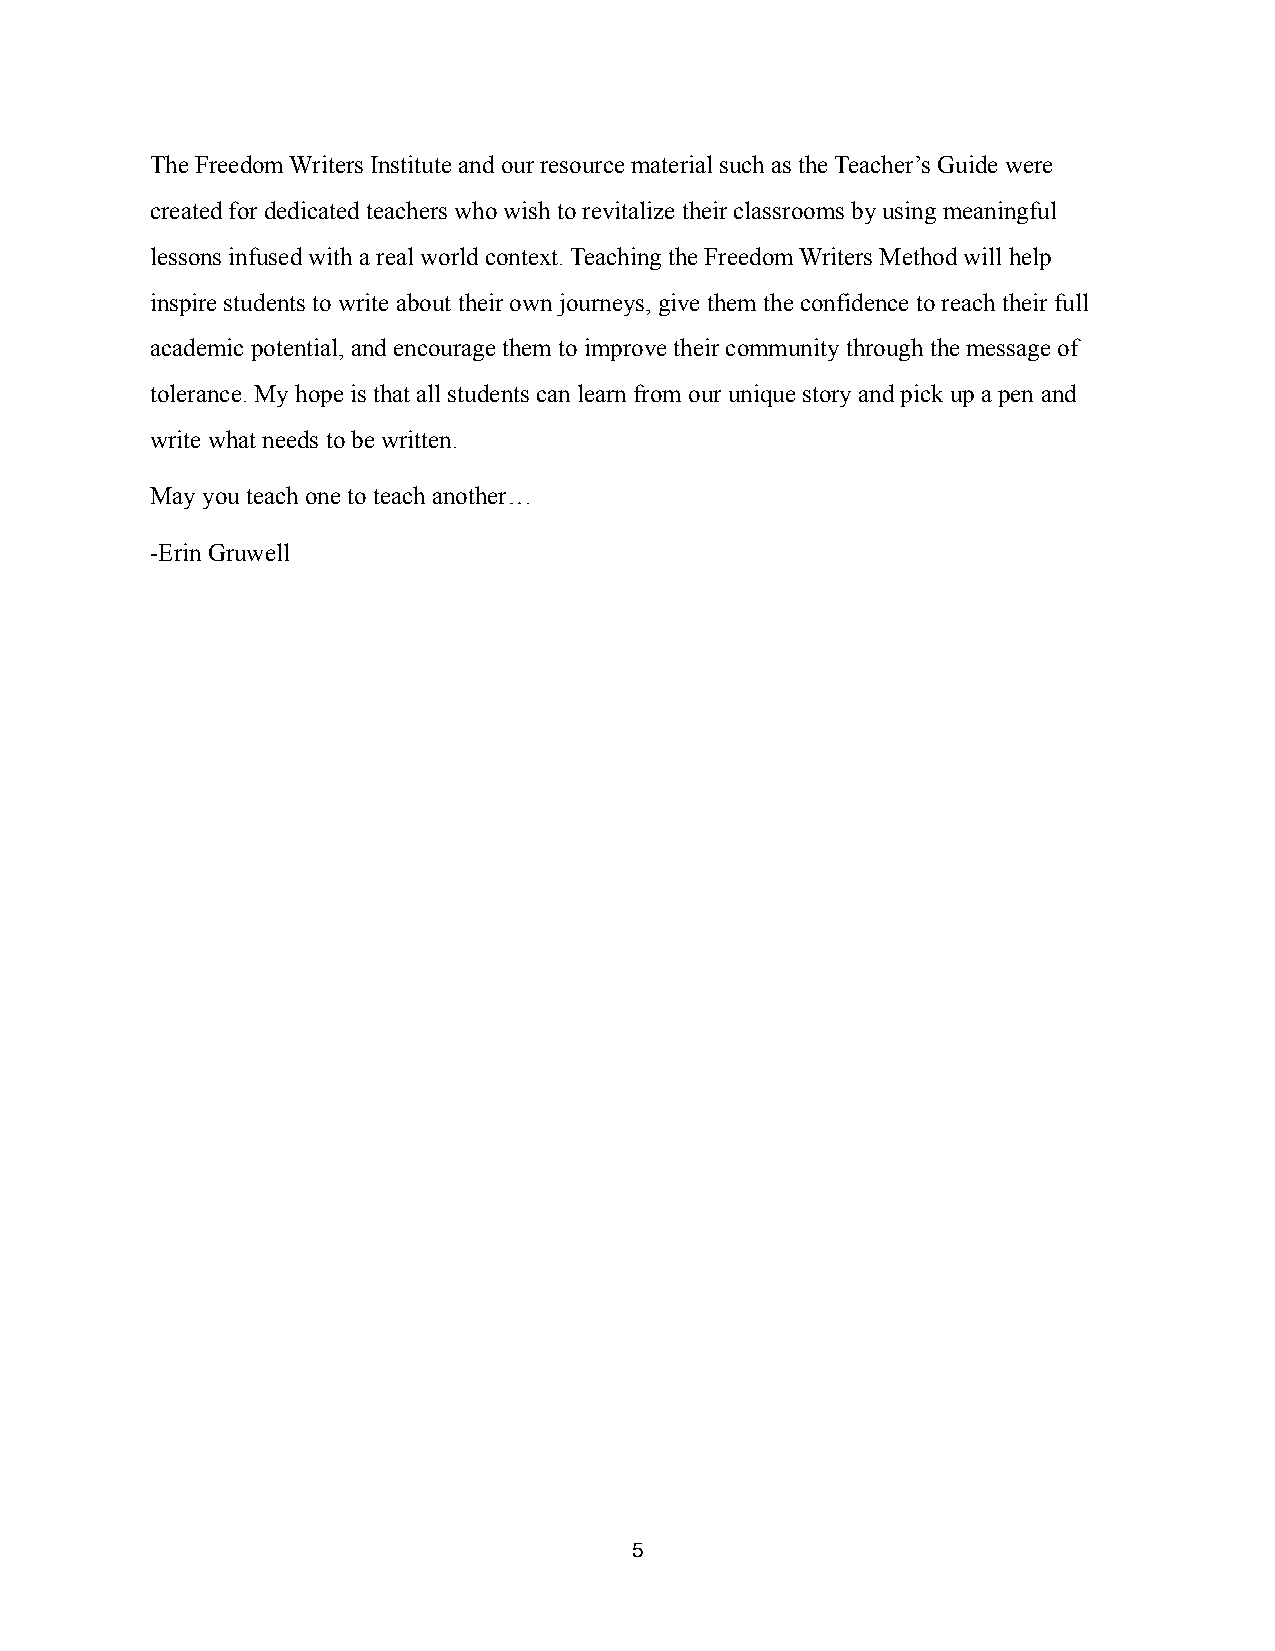
The Freedom Writers Institute and our resource material such as the Teacher’s Guide were
 created for dedicated teachers who wish to revitalize their classrooms by using meaningful
 lessons infused with a real world context. Teaching the Freedom Writers Method will help
 inspire students to write about their own journeys, give them the confidence to reach their full
 academic potential, and encourage them to improve their community through the message of
 tolerance. My hope is that all students can learn from our unique story and pick up a pen and
 write what needs to be written.
 May you teach one to teach another…
 -Erin Gruwell
 5